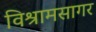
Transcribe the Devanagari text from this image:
विश्रामसागर